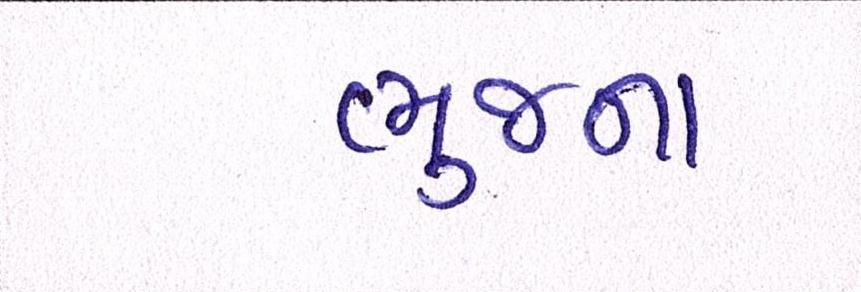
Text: ભુજના